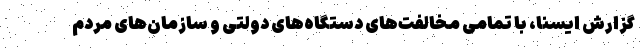
گزارش ایسنا، با تمامی مخالفت‌های دستگاه‌های دولتی و سازمان‌های مردم